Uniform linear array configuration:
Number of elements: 64
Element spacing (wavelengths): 0.5
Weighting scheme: cosine
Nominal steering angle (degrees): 15
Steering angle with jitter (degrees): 14.241
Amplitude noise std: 0.05
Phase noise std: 0.05

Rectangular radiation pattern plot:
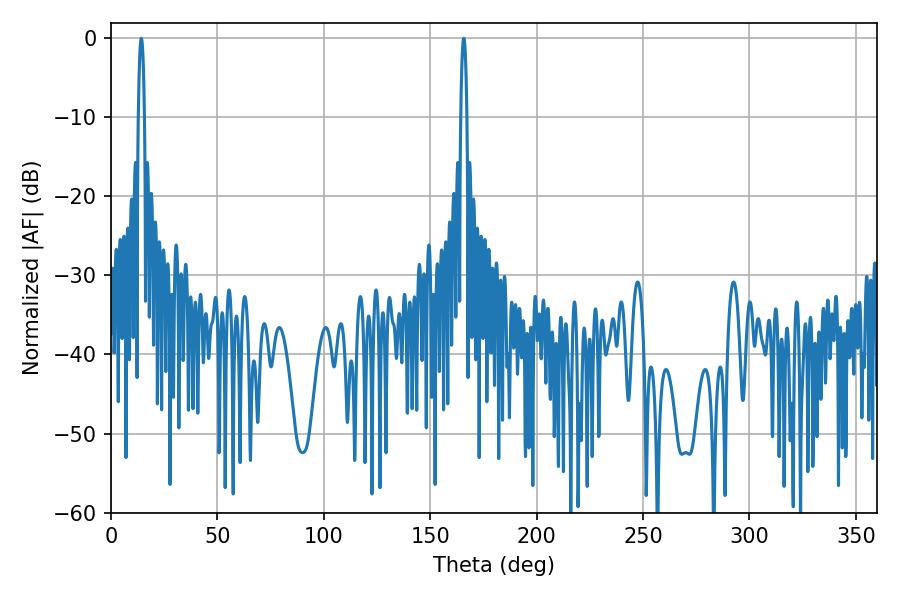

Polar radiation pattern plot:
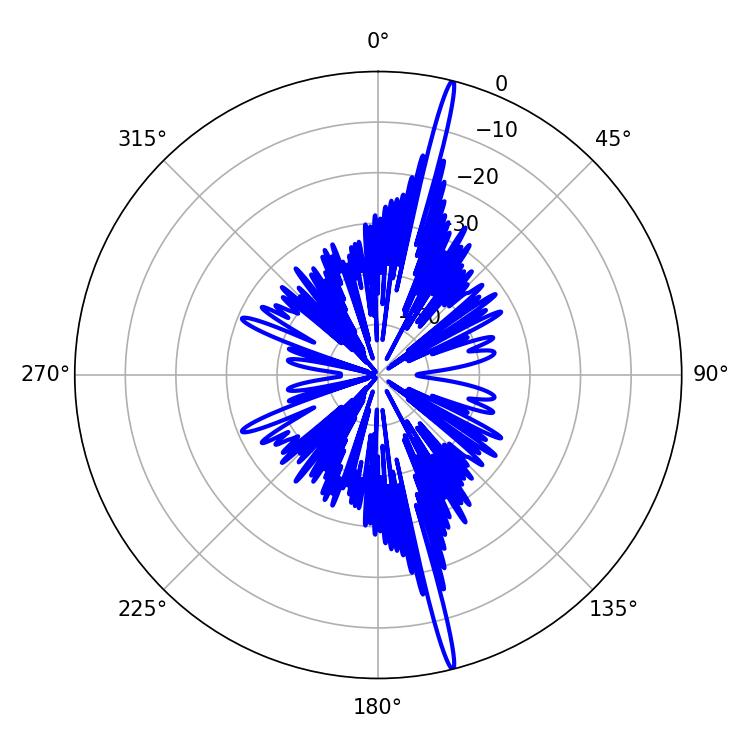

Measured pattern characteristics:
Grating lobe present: FALSE
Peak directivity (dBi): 20.964
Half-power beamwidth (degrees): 1.44
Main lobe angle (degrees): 14.22